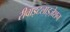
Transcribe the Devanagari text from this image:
रीवाइटलाइज़ेशन